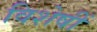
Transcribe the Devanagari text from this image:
विशेषीं